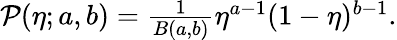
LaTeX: \begin{array}{r}{\mathcal{P}(\eta;a,b)=\frac{1}{B(a,b)}\eta^{a-1}(1-\eta)^{b-1}.}\end{array}